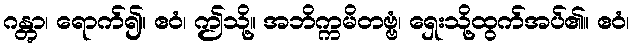
ဂန္တွာ၊ ရောက်၍။ ဧဝံ၊ ဤသို့။ အဘိက္ကမိတဗ္ဗံ၊ ရှေးသို့ထွက်အပ်၏။ ဧဝံ၊